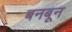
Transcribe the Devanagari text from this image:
बनबून